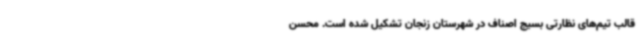
قالب تیم‌های نظارتی بسیج اصناف در شهرستان زنجان تشکیل شده است. محسن